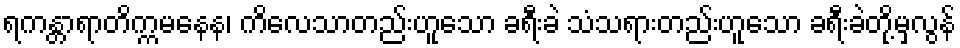
ရကန္တာရာတိက္ကမနေန၊ ကိလေသာတည်းဟူသော ခရီးခဲ သံသရားတည်းဟူသော ခရီးခဲတို့မှလွန်